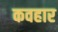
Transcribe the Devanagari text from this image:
कवहार